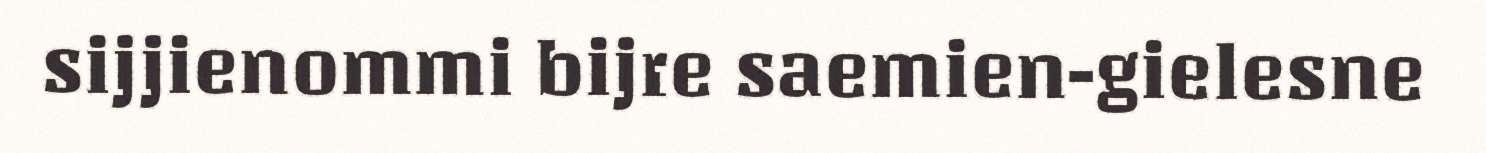
sijjienommi bijre saemien-gielesne